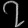
Digit: ၇